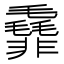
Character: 𱁯